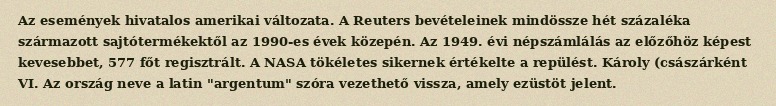
Az események hivatalos amerikai változata. A Reuters bevételeinek mindössze hét százaléka származott sajtótermékektől az 1990-es évek közepén. Az 1949. évi népszámlálás az előzőhöz képest kevesebbet, 577 főt regisztrált. A NASA tökéletes sikernek értékelte a repülést. Károly (császárként VI. Az ország neve a latin "argentum" szóra vezethető vissza, amely ezüstöt jelent.